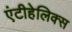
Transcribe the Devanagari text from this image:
एंटीहेलिक्स